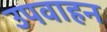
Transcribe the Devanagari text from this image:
उपवाहन